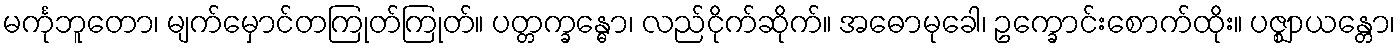
မင်္ကုဘူတော၊ မျက်မှောင်တကြုတ်ကြုတ်။ ပတ္တက္ခန္ဓော၊ လည်ငိုက်ဆိုက်။ အဓောမုခေါ၊ ဥက္ခောင်းစောက်ထိုး။ ပဇ္ဈာယန္တော၊